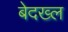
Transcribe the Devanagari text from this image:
बेदख्ल